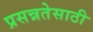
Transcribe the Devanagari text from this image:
प्रसन्नतेसाठी